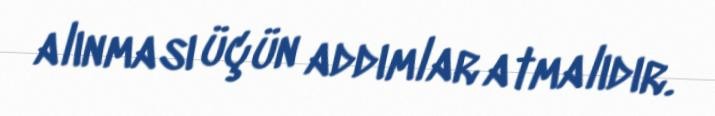
alınması üçün addımlar atmalıdır.